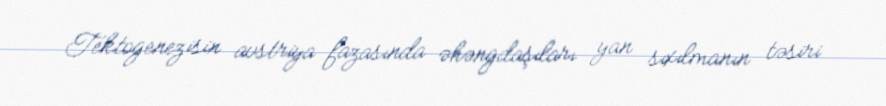
Tektogenezisin avstriya fazasında əhəngdaşıları yan sıxılmanın təsiri